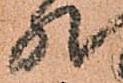
然